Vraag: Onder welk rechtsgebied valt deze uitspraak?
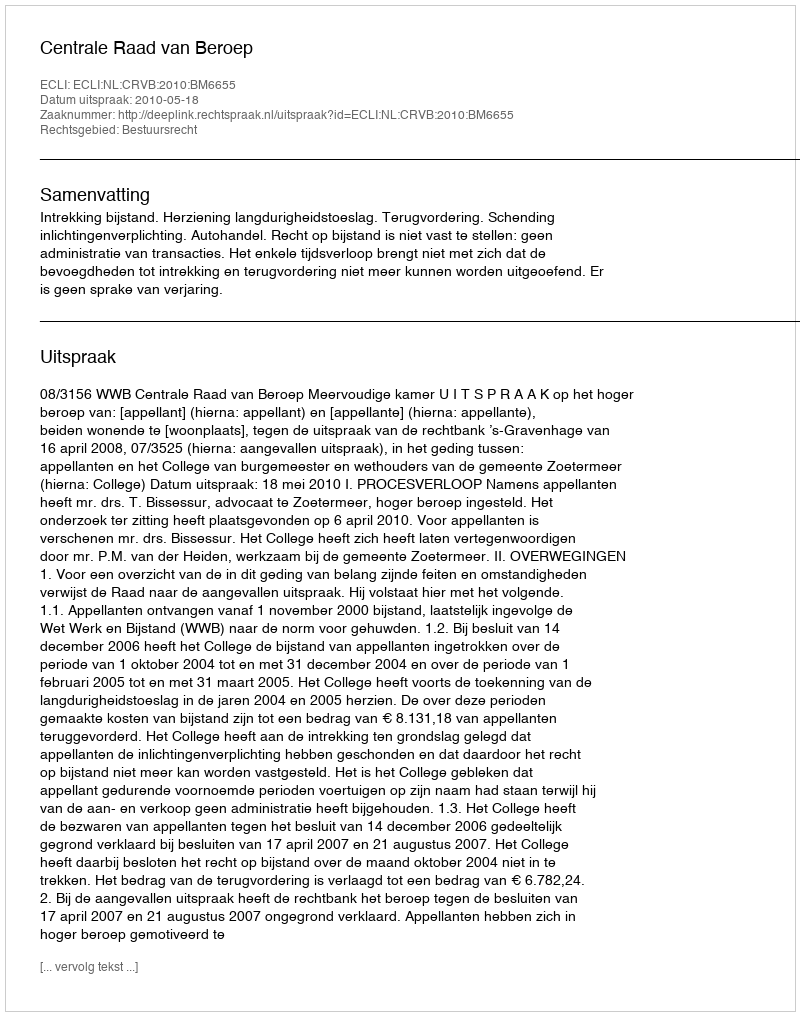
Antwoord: Bestuursrecht